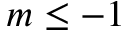
m \le - 1